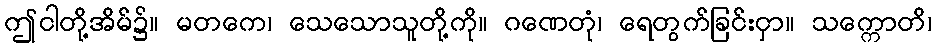
ဤငါတို့အိမ်၌။ မတကေ၊ သေသောသူတို့ကို။ ဂဏေတုံ၊ ရေတွက်ခြင်းငှာ။ သက္ကောတိ၊